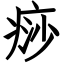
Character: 痧